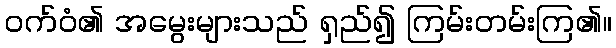
ဝက်ဝံ၏ အမွေးများသည် ရှည်၍ ကြမ်းတမ်းကြ၏။